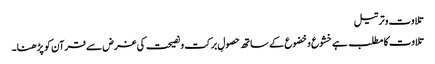
تلاوت وترتیل
تلاوت کا مطلب ہے خشوع وخضوع کے ساتھ حصولِ برکت ونصیحت کی غرض سے قرآن کو پڑھنا۔